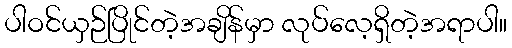
ပါဝင်ယှဉ်ပြိုင်တဲ့အချိန်မှာ လုပ်လေ့ရှိတဲ့အရာပါ။